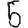
Digit: 5